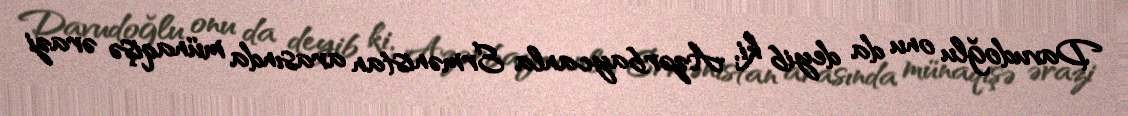
Davudoğlu onu da deyib ki, Azərbaycanla Ermənistan arasında münaqişə ərazi